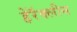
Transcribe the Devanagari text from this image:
हेरॅक्लीस